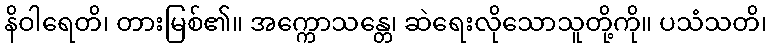
နိဝါရေတိ၊ တားမြစ်၏။ အက္ကောသန္တေ၊ ဆဲရေးလိုသောသူတို့ကို။ ပသံသတိ၊